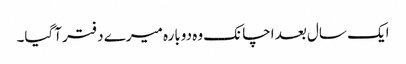
ایک سال بعد اچانک وہ دوبارہ میرے دفتر آگیا۔